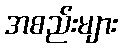
အစည်းများ